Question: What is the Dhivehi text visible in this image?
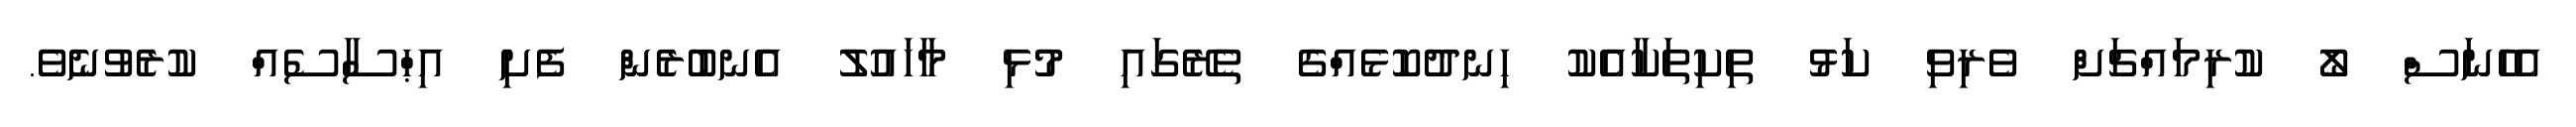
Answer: އެހެނަސް ލޯ ކުރިމައްޗަށް ވެރިވި ކަޅު ތިކިތަކާއެކު ހިނދުކޮޅެއްގެ ތެރޭގައި މުޅި މާހައުލު އެނބުރެން ފެށި އިޙްސާސެއް ކުރެވުނެވެ.